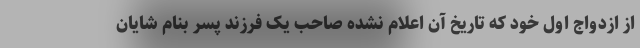
از ازدواج اول خود که تاریخ آن اعلام نشده صاحب یک فرزند پسر بنام شایان